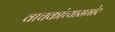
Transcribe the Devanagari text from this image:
वाचकांच्यासमोर